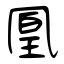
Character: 凰